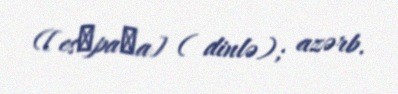
([esˈpaɲa] ( dinlə); azərb.